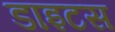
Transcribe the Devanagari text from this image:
डाइटस